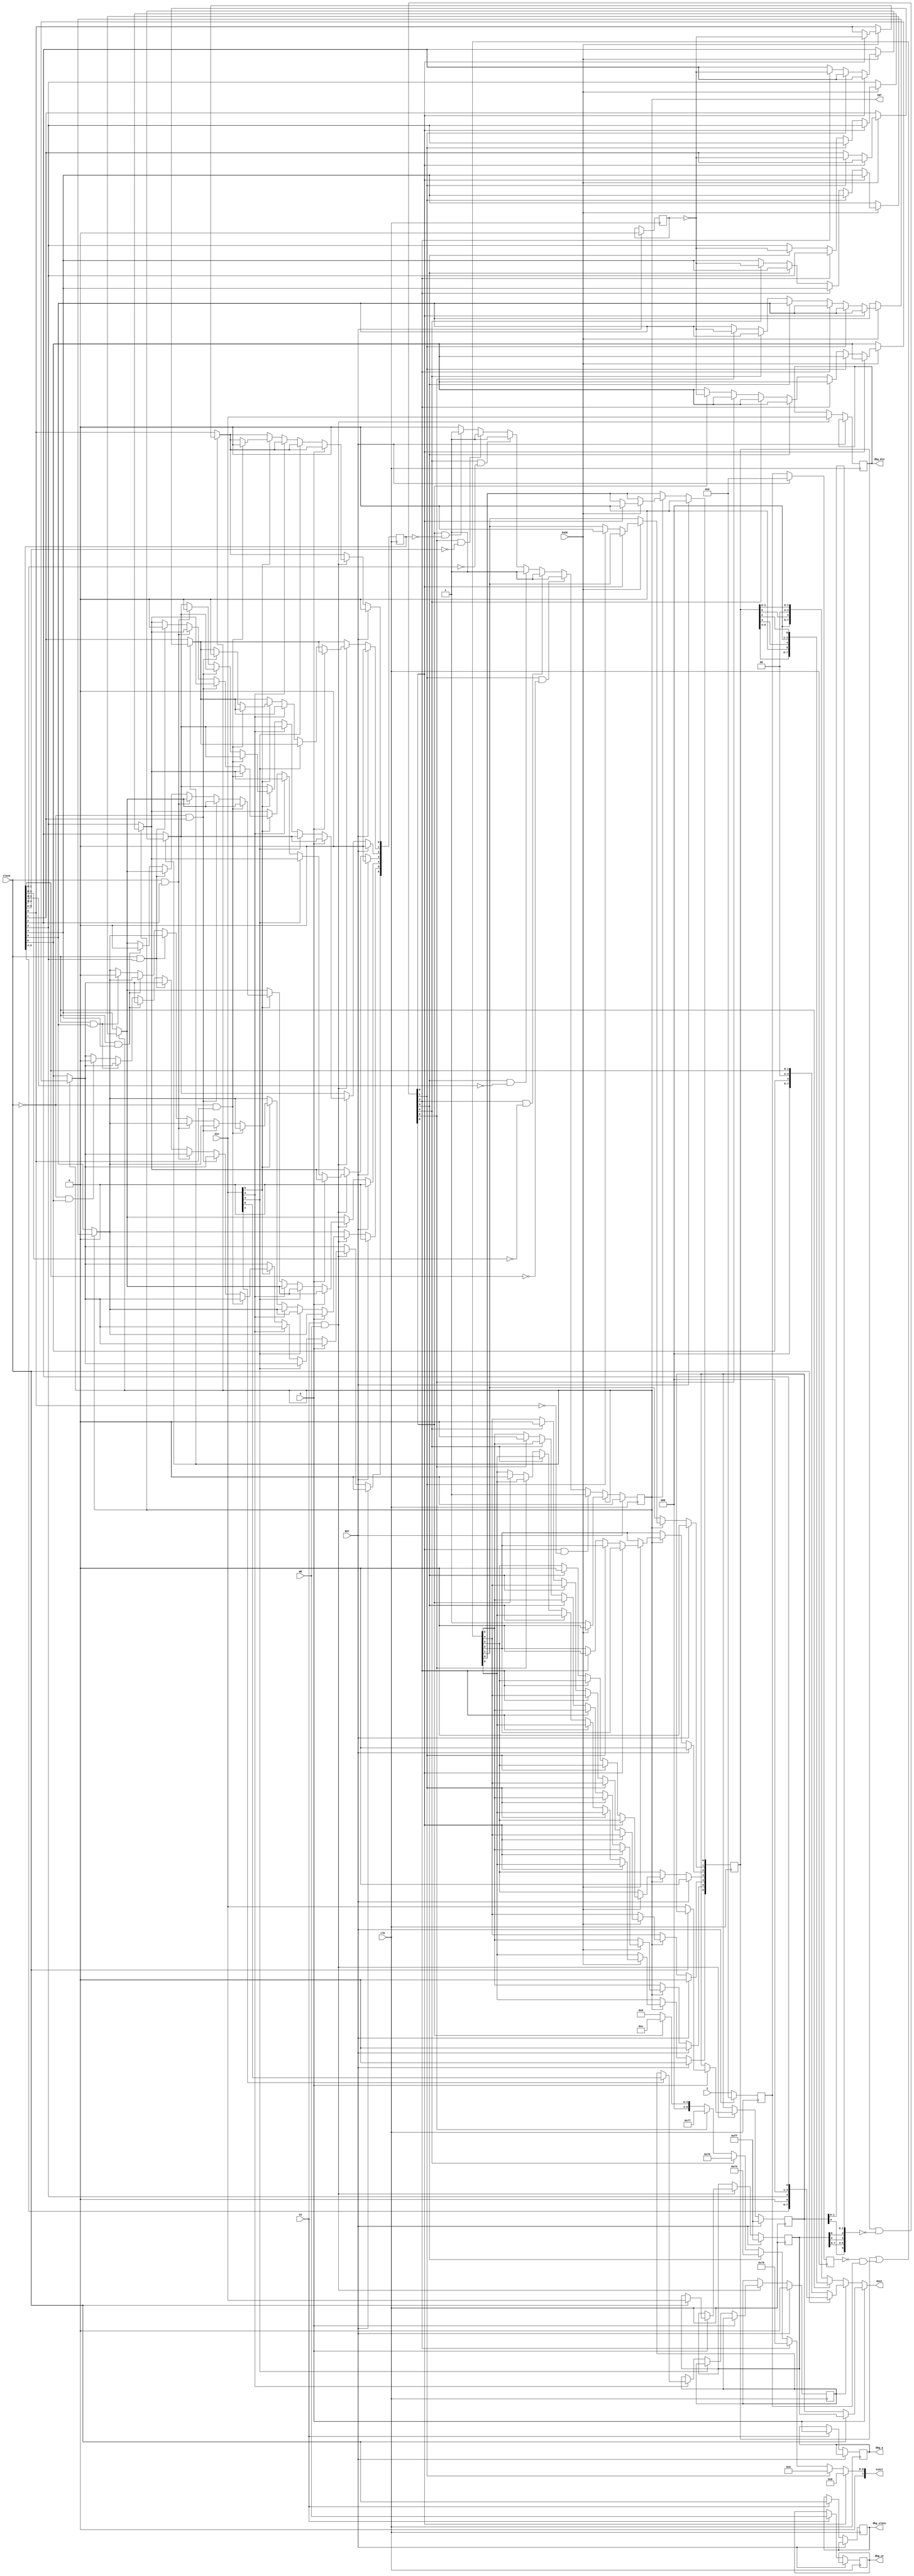
//////////////////////////////////////////////////////////////////////////////////
//
// This file is part of the Next186 Soc PC project
// http://opencores.org/project,next186
//
// Description: Part of the Next186 SoC PC project, PIC controller
// 	8259 simplified interrupt controller (only interrupt mask can be read, not IRR or ISR, no EOI required)
// Version 1.0
//
//
// ISR added, switched to non-automatic end: July2021 Gyorgy Szombathelyi
//
/////////////////////////////////////////////////////////////////////////////////
// 
// Copyright (C) 2012 Nicolae Dumitrache
// 
// This source file may be used and distributed without 
// restriction provided that this copyright statement is not 
// removed from the file and that any derivative work contains 
// the original copyright notice and the associated disclaimer.
// 
// This source file is free software; you can redistribute it 
// and/or modify it under the terms of the GNU Lesser General 
// Public License as published by the Free Software Foundation;
// either version 2.1 of the License, or (at your option) any 
// later version. 
// 
// This source is distributed in the hope that it will be 
// useful, but WITHOUT ANY WARRANTY; without even the implied 
// warranty of MERCHANTABILITY or FITNESS FOR A PARTICULAR 
// PURPOSE. See the GNU Lesser General Public License for more 
// details. 
// 
// You should have received a copy of the GNU Lesser General 
// Public License along with this source; if not, download it 
// from http://www.opencores.org/lgpl.shtml 
// 
///////////////////////////////////////////////////////////////////////////////////
// Additional Comments: 
// http://wiki.osdev.org/8259_PIC
//////////////////////////////////////////////////////////////////////////////////

`timescale 1ns / 1ps

module PIC_8259(
	input RST,
	input CS,
	input A,
	input WR,
	input [7:0]din,
	input slave,
	output wire [7:0]dout,
	output [7:0]ivect,
	input clk,		// cpu CLK
	output reg INT = 0,
	input IACK,
	input [6:0]I,	// 0:timer, 1:keyboard, 2:RTC, 3:mouse, 4: IDE0, 5: IDE1, 6: COM1
	output reg dbg_slave,
	output reg dbg_a,
	output reg dbg_wr,
	output reg [7:0] dbg_din
);

reg [6:0]ss_I = 0;
reg [6:0]s_I = 0;
reg [7:0]IMR_m = 8'hFF;
reg [7:0]IMR_s = 8'hFF;
reg [6:0]IRR = 0;
reg [6:0]ISR = 0;
reg      RIS; // Read ISR
reg      AEOI;

wire [6:0]IMR = {IMR_m[4],IMR_s[7:6],IMR_s[4],IMR_s[0],IMR_m[1:0]};

assign dout = A ? (slave ? IMR_s : IMR_m) :
            RIS ? (slave ? {ISR[5:4], 1'b0, ISR[3], 3'b000, ISR[2]} : {3'b000, ISR[6], 2'b00, ISR[1:0]}) :
			      (slave ? {IRR[5:4], 1'b0, IRR[3], 3'b000, IRR[2]} : {3'b000, IRR[6], 2'b00, IRR[1:0]});

wire [6:0] IRQ = IRR & ~IMR;

assign ivect = IRQ[0] ? 8'h08 :
               IRQ[1] ? 8'h09 :
               IRQ[2] ? 8'h70 :
               IRQ[3] ? 8'h74 :
               IRQ[4] ? 8'h76 :
               IRQ[5] ? 8'h77 :
               IRQ[6] ? 8'h0c : 8'h00;

always @ (posedge clk) begin
	if (RST) begin
		ss_I <= 0;
		s_I <= 0;
		IMR_m <= 8'hFF;
		IMR_s <= 8'hFF;
		IRR <= 0;
		ISR <= 0;
		INT <= 0;
		RIS <= 0;
		AEOI <= 0;
	end else begin
		ss_I <= I;
		s_I <= ss_I;
		IRR <= (IRR | (~s_I & ss_I));	// front edge detection
		if(~INT) begin
			if(IRQ[0] && !ISR[0]) begin //timer
				INT <= 1'b1; 
			end else if(IRQ[1] && ISR[1:0] == 0) begin  // keyboard
				INT <= 1'b1; 
			end else if(IRQ[2] && ISR[2:0] == 0) begin  // RTC
				INT <= 1'b1; 
			end else if(IRQ[3] && ISR[3:0] == 0) begin // mouse
				INT <= 1'b1; 
			end else if(IRQ[4] && ISR[4:0] == 0) begin // IDE0
				INT <= 1'b1;
			end else if(IRQ[5] && ISR[5:0] == 0) begin // IDE1
				INT <= 1'b1;
			end else if(IRQ[6] && ISR[6:0] == 0) begin // COM1
				INT <= 1'b1;
			end
		end else if(IACK) begin
			INT <= 1'b0;
			if (IRQ[0]) begin
				IRR[0] <= 0;
				ISR[0] <= !AEOI;
			end else if (IRQ[1]) begin
				IRR[1] <= 0;
				ISR[1] <= !AEOI;
			end else if (IRQ[2]) begin
				IRR[2] <= 0;
				ISR[2] <= !AEOI;
			end else if (IRQ[3]) begin
				IRR[3] <= 0;
				ISR[3] <= !AEOI;
			end else if (IRQ[4]) begin
				IRR[4] <= 0;
				ISR[4] <= !AEOI;
			end else if (IRQ[5]) begin
				IRR[5] <= 0;
				ISR[5] <= !AEOI;
			end else if (IRQ[6]) begin
				IRR[6] <= 0;
				ISR[6] <= !AEOI;
			end
		end
		if(CS) begin
			dbg_a <= A;
			dbg_wr <= WR;
			dbg_slave <= slave;
		end
		if(CS & WR) begin
			dbg_din <= din;
			if (!A) begin
				if (!din[4]) begin
					// OCW
					if (!din[3]) begin
						// OCW2
						if (din[5]) begin
							// End-of-interrupt
							if      (!slave && ISR[0]) ISR[0] <= 0;
							else if (!slave && ISR[1]) ISR[1] <= 0;
							else if ( slave && ISR[2]) ISR[2] <= 0;
							else if ( slave && ISR[3]) ISR[3] <= 0;
							else if ( slave && ISR[4]) ISR[4] <= 0;
							else if ( slave && ISR[5]) ISR[5] <= 0;
							else if (!slave && ISR[6]) ISR[6] <= 0;
						end
					end else begin
						// OCW3
						if (din[1]) RIS <= din[0];
					end
				end else begin
					// ICW
				end
			end else begin
				// OCW1
				if(slave) IMR_s <= din; else IMR_m <= din;
			end
		end
	end
end

endmodule